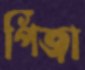
পিঁজা